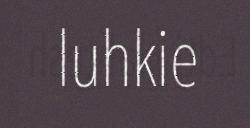
luhkie